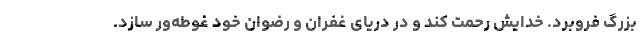
بزرگ فروبرد. خدایش رحمت کند و در دریای غفران و رضوان خود غوطه‌ور سازد.